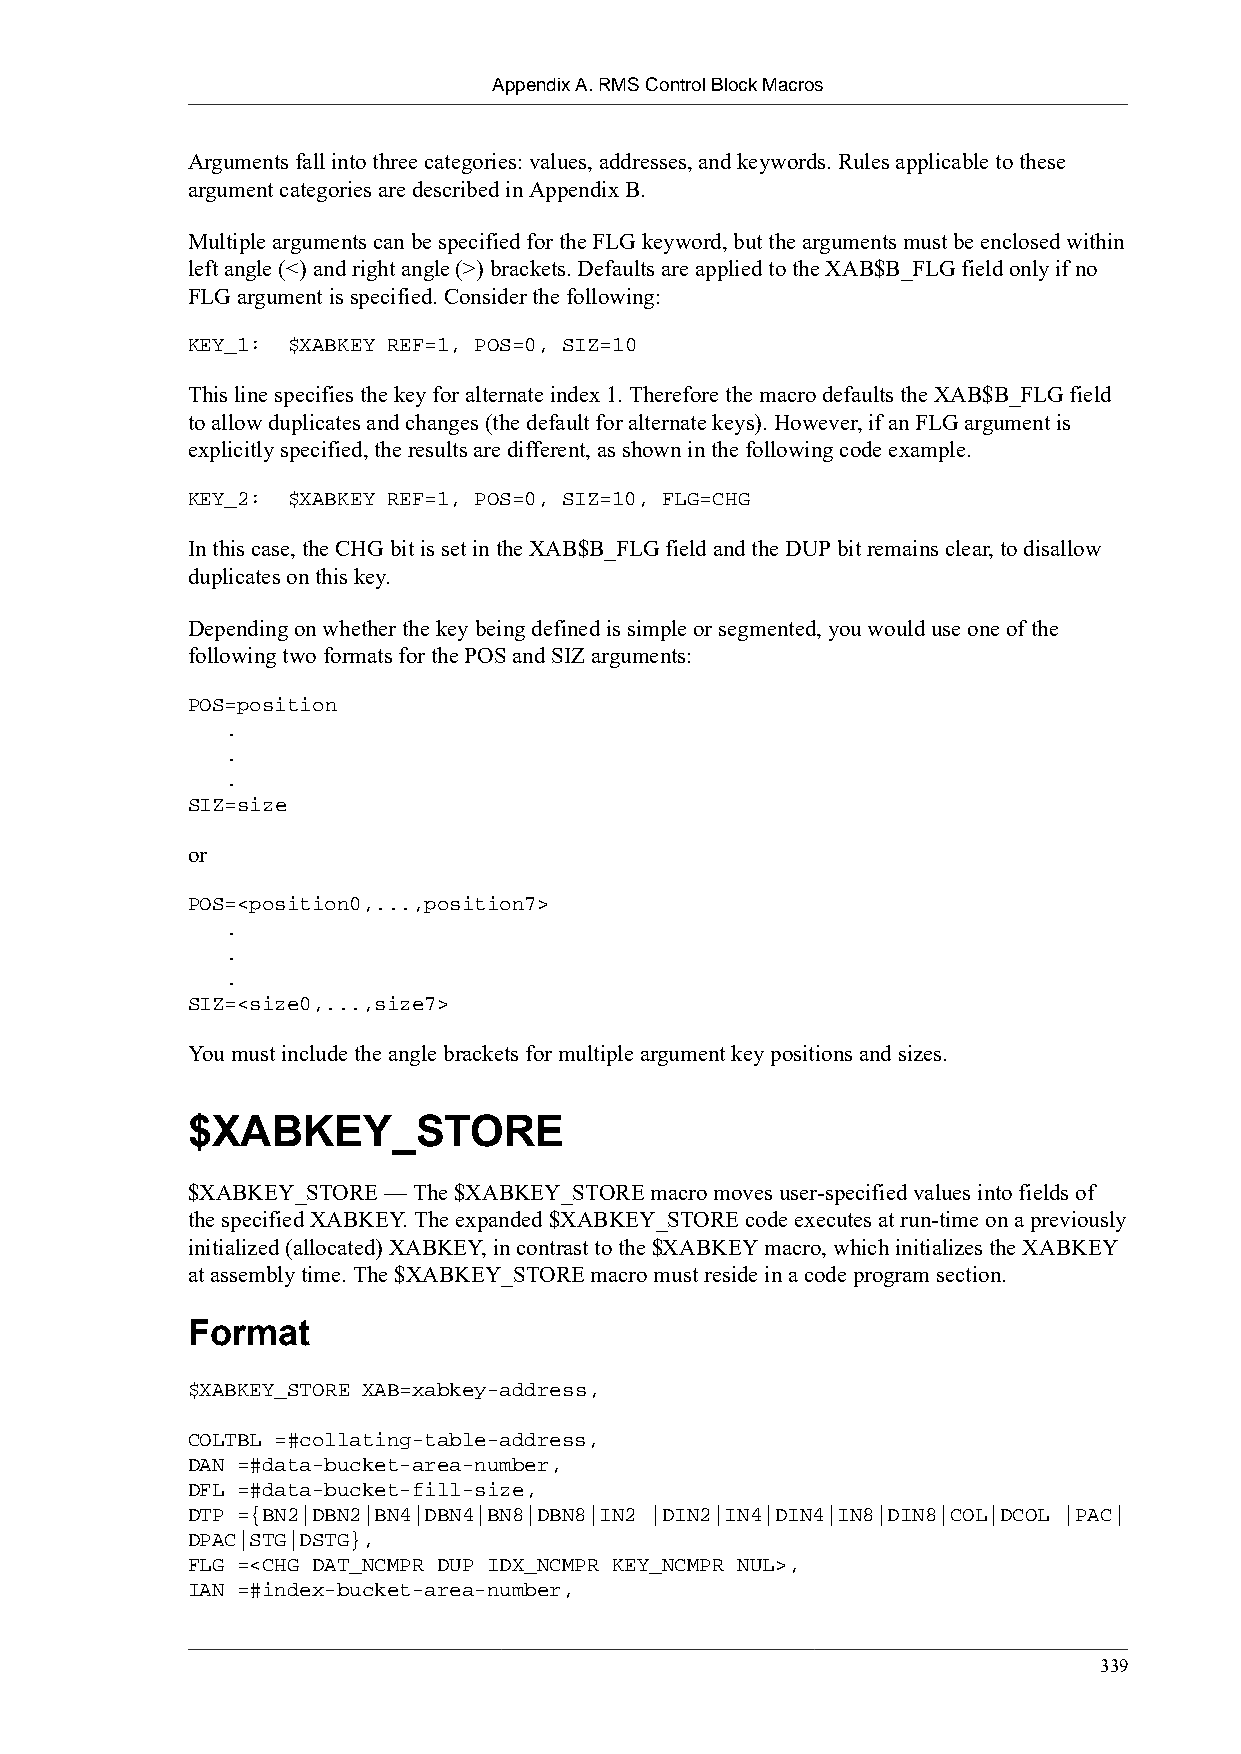
Appendix A. RMS Control Block Macros
 Arguments fall into three categories: values, addresses, and keywords. Rules applicable to these
 argument categories are described in Appendix B.
 Multiple arguments can be specified for the FLG keyword, but the arguments must be enclosed within
 left angle (<) and right angle (>) brackets. Defaults are applied to the XAB$B_FLG field only if no
 FLG argument is specified. Consider the following:
 KEY_1: $XABKEY REF=1, POS=0, SIZ=10
 This line specifies the key for alternate index 1. Therefore the macro defaults the XAB$B_FLG field
 to allow duplicates and changes (the default for alternate keys). However, if an FLG argument is
 explicitly specified, the results are different, as shown in the following code example.
 KEY_2: $XABKEY REF=1, POS=0, SIZ=10, FLG=CHG
 In this case, the CHG bit is set in the XAB$B_FLG field and the DUP bit remains clear, to disallow
 duplicates on this key.
 Depending on whether the key being defined is simple or segmented, you would use one of the
 following two formats for the POS and SIZ arguments:
 POS=position
 .
 .
 .
 SIZ=size
 or
 POS=<position0,...,position7>
 .
 .
 .
 SIZ=<size0,...,size7>
 You must include the angle brackets for multiple argument key positions and sizes.
 $XABKEY_STORE
 $XABKEY_STORE — The $XABKEY_STORE macro moves user-specified values into fields of
 the specified XABKEY. The expanded $XABKEY_STORE code executes at run-time on a previously
 initialized (allocated) XABKEY, in contrast to the $XABKEY macro, which initializes the XABKEY
 at assembly time. The $XABKEY_STORE macro must reside in a code program section.
 Format
 $XABKEY_STORE XAB=xabkey-address,
 COLTBL =#collating-table-address,
 DAN =#data-bucket-area-number,
 DFL =#data-bucket-fill-size,
 DTP ={BN2|DBN2|BN4|DBN4|BN8|DBN8|IN2 |DIN2|IN4|DIN4|IN8|DIN8|COL|DCOL |PAC|
 DPAC|STG|DSTG},
 FLG =<CHG DAT_NCMPR DUP IDX_NCMPR KEY_NCMPR NUL>,
 IAN =#index-bucket-area-number,
 339